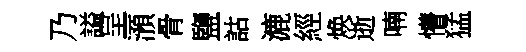
乃謚呈澦骨鹽詁漉經焕逝喃懵猛